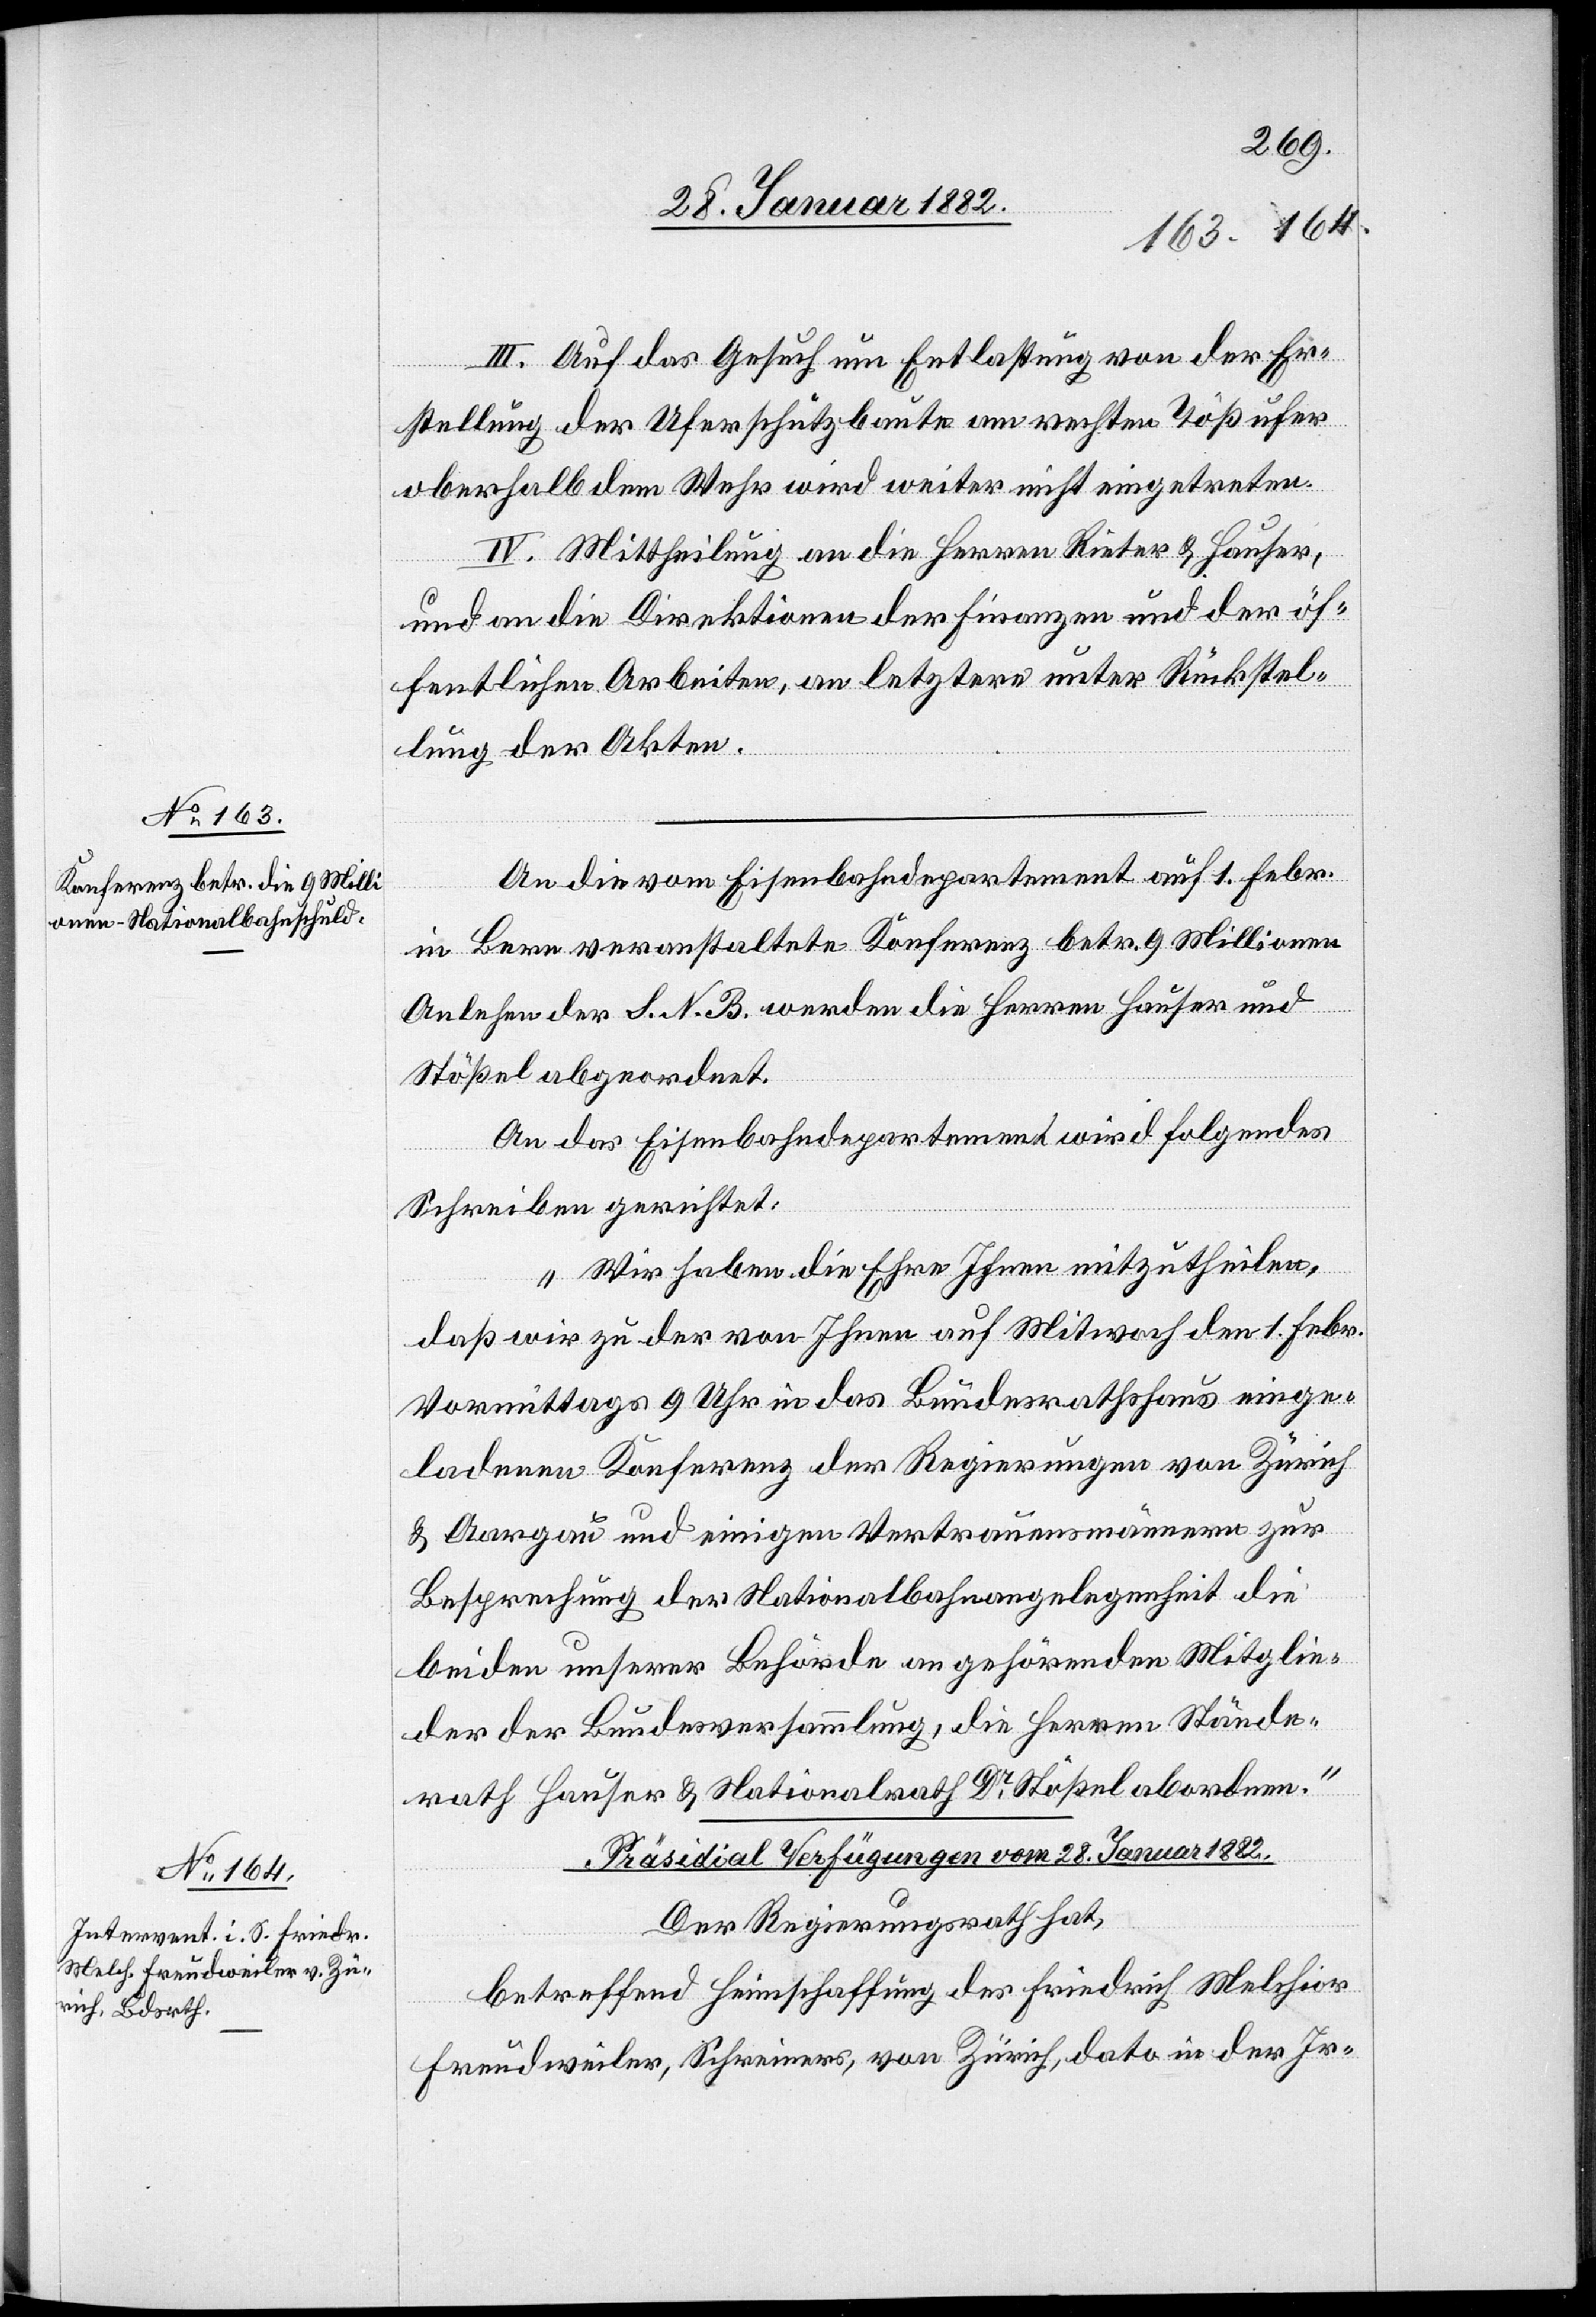
28. Januar 1882
An die vom Eisenbahndepartement auf 1. Febr.
in Bern veranstaltete Konferenz betr. 9 Millionen
Anleihen der S. N. B. werden die Herren Hauser und
Stößel abgeordnet.
An das Eisenbahndepartement wird folgendes
Schreiben gerichtet:
„Wir haben die Ehre Ihnen mitzutheilen,
daß wir zu der von Ihnen auf Mitwoch den 1. Febr.
Vormittags 9 Uhr in das Bundesrathshaus einge¬
ladenen Konferenz der Regierungen von Zürich
& Aargau und einigen Vertrauensmännern zur
Besprechung der Nationalbahnangelegenheit die
beiden unserer Behörde angehörigen Mitglie¬
der der Bundesversammlung, die Herren Stände¬
rath Hauser & Nationalrath Dr Stößel abordnen.“
Der Regierungsrath hat,
betreffend Heimschaffung des Friedrich Melchior
Freudweiler, Schreiners, von Zürich, dato in der Ir-